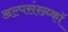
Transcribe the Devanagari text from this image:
अल्पसंख्य्कॉ